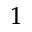
^ { 1 }